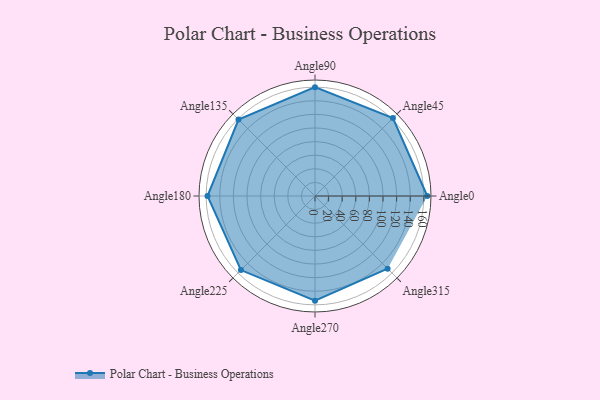
{"axis": {"x": "Angle", "y": "Radius"}, "legend": [""], "data": [{"x": "Angle0", "y": 165.0, "type": ""}, {"x": "Angle45", "y": 162.0, "type": ""}, {"x": "Angle90", "y": 160.0, "type": ""}, {"x": "Angle135", "y": 159.0, "type": ""}, {"x": "Angle180", "y": 158.0, "type": ""}, {"x": "Angle225", "y": 154.0, "type": ""}, {"x": "Angle270", "y": 154.0, "type": ""}, {"x": "Angle315", "y": 151.0, "type": ""}]}